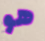
هو